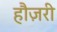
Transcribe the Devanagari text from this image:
हौज़री